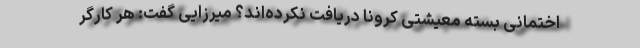
اختمانی بسته معیشتی کرونا دریافت نکرده‌اند؟ میرزایی گفت: هر کارگر